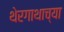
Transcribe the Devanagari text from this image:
थेरगाथाच्या